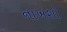
નાખશો